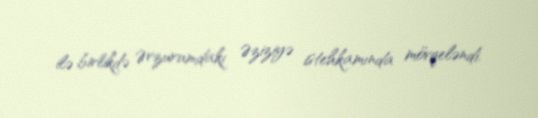
ilə birlikdə Ərzurumdakı Əziziyə istehkamında mövqeləndi.